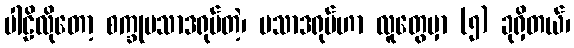
ပါဠိလိုတော့ စက္ခုပသာဒရုပ်တဲ့၊ ပသာဒရုပ်ဟာ လူတွေမှာ (၅) ခုရှိတယ်၊